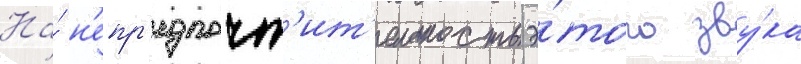
На́ н'епр'едпочт'ит'ельность э́того зву́ка